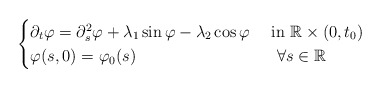
\begin{align*}\begin{cases}\partial_t\varphi=\partial^2_s\varphi+\lambda_1\sin\varphi-\lambda_2\cos\varphi ~&\mbox{in}~ \mathbb R\times (0,t_0) \\\varphi (s,0)=\varphi_0(s) ~&\mbox{}~ \forall s\in\mathbb R \end{cases}\end{align*}